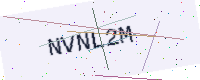
Text: NVNL2M